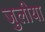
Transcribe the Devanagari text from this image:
जुलीया